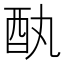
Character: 𫑳